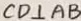
C D \bot A B